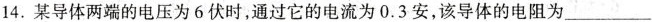
14. 某导体两端的电压为 6 伏时，通过它的电流为 0.3 安，该导体的电阻为___